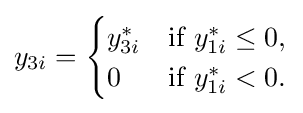
y_{3i}={\begin{cases}y_{3i}^{*}&{\text{if }}y_{1i}^{*}\leq 0,\\0&{\text{if }}y_{1i}^{*}<0.\end{cases}}